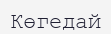
Көгедай